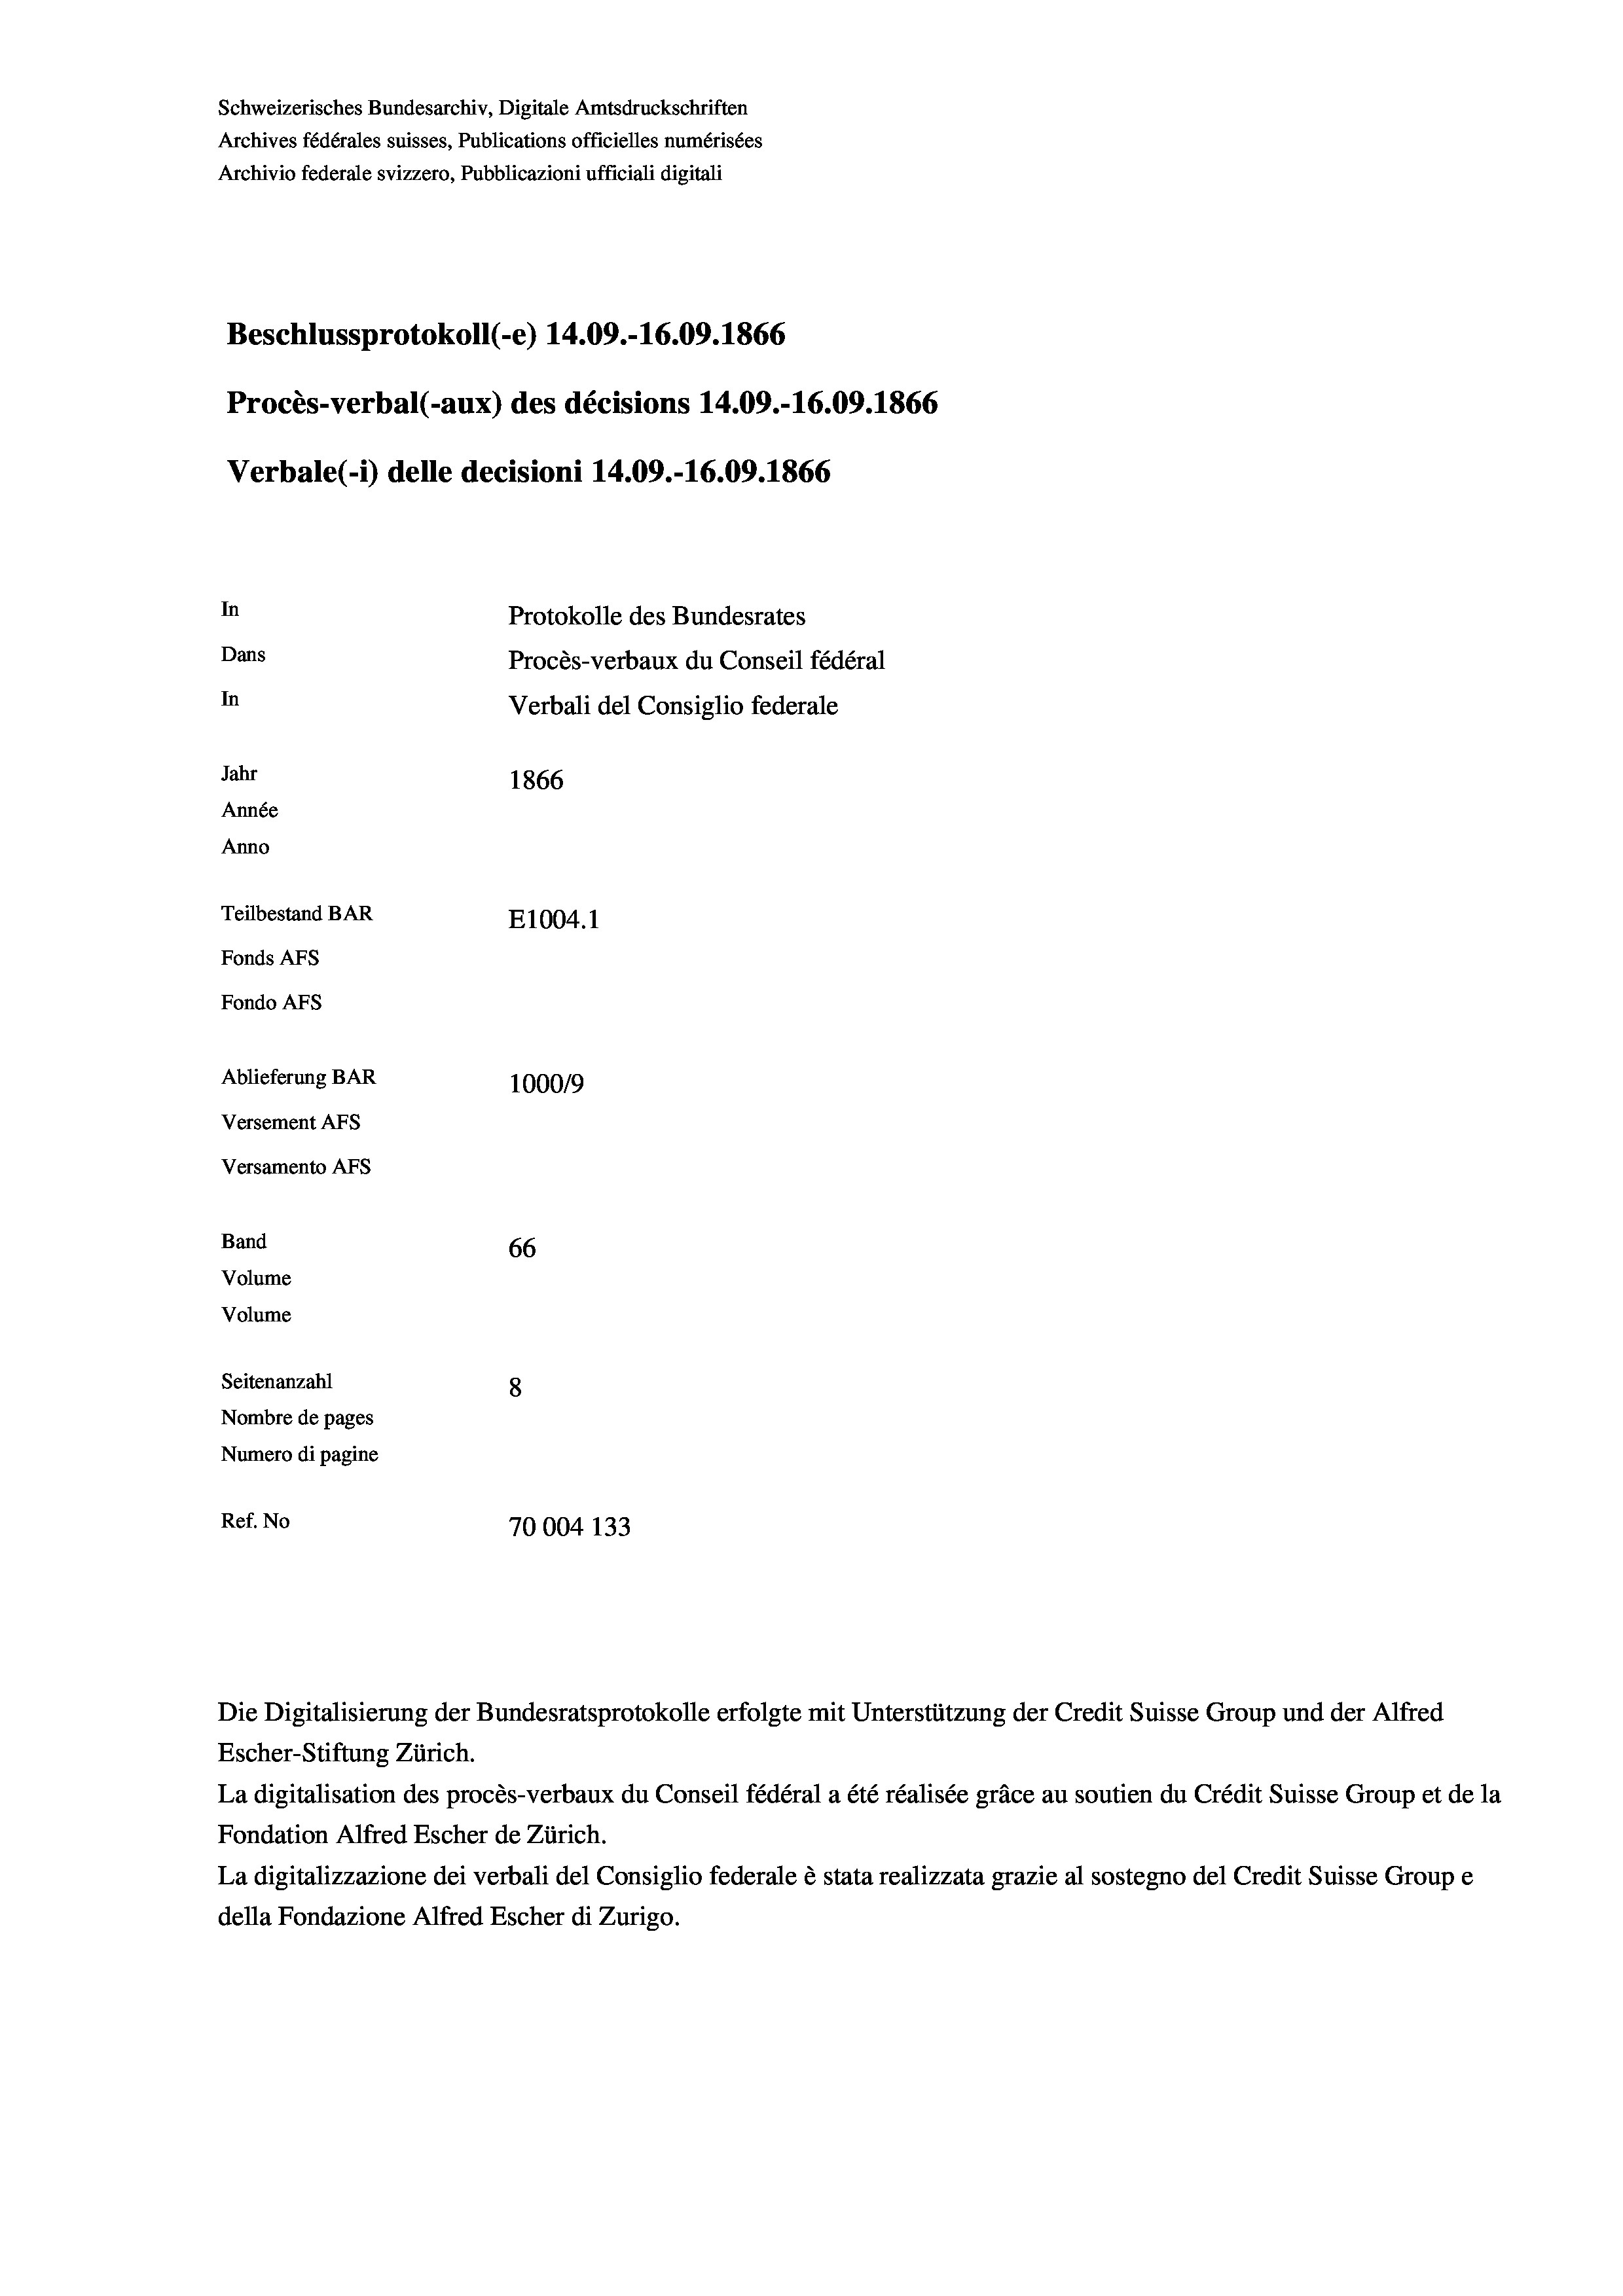
Schweizerisches Bundesarchiv, Digitale Amtsdruckschriften
Archives fédérales suisses, Publications officielles numérisées
Archivio federale svizzero, Pubblicazioni ufficiali digitali
Beschlussprotokoll (-e) 14.09.-16.09. 1866
Procès-verbal (-aux) des décisions 14.09.-16.09. 1866
Verbale (-*) delle decisioni 14.09.-16.09. 1866
In
Protokolle des Bundesrates
Dans
Procès-verbaux du Conseil fédéral
In
Verbali del Consiglio federale
Jahr
1866
Année
Anno
Teilbestand BAR
E1004. 1
Fonds AFs
Fondo Afs
Ablieferung BAR
100019
Versement AFs
Versamento Afs
Band
66
Volume
Volume

Seitenanzahl
8
Nombre de pages
Numero di pagine
Ref. No
70004 133

Escher-Stiftung Zürich.
La digitalisation des procès-verbaux du Conseil fédéral a été réalisée gräce au soutien du Crédit Suisse Group et de la
Fondation Alfred Escher de Zürich.
La digitalizzazione dei verbali del Consiglio federale è stata realizzata grazie al sostegno del Credit Suisse Groupe
della Fondazione Alfred Escher di Zurigo.

Die Digitalisierung der Bundesratsprotokolle erfolgte mit Unterstützung der Credit Suisse Group und der Alfred